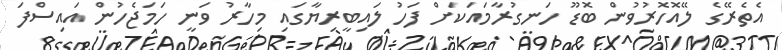
އެތެރޭގެ ލޭއޮހޮރުވުން ބޮޑޫ ހަނގުރާމައަކަށް ފަހު ލައިބީރިޔާގައި މިހާރު ވަނީ ހަމަޖެހުން އައިސްފަ